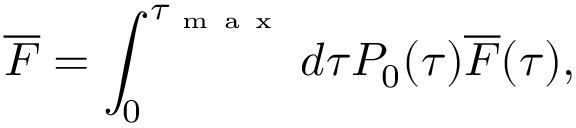
\overline { { F } } = \int _ { 0 } ^ { \tau _ { \mathrm { ~ m ~ a ~ x ~ } } } d \tau P _ { 0 } ( \tau ) \overline { { F } } ( \tau ) ,